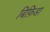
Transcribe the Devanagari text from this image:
बिफ़िडा